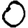
Digit: 0